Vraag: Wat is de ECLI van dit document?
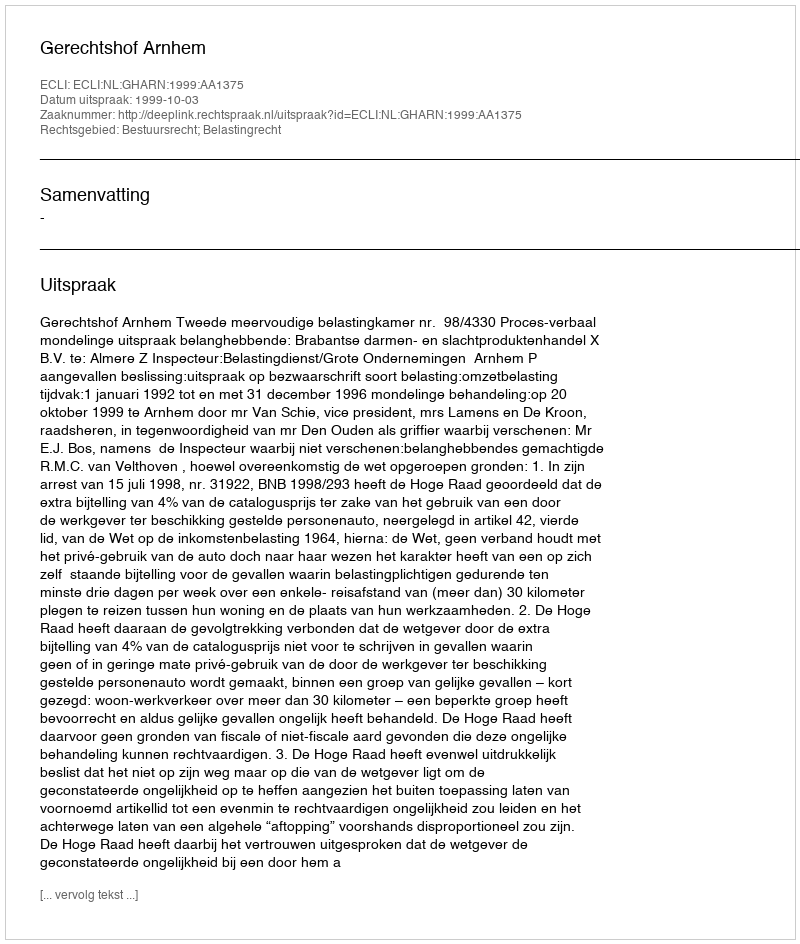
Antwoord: ECLI:NL:GHARN:1999:AA1375